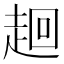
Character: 𧻢